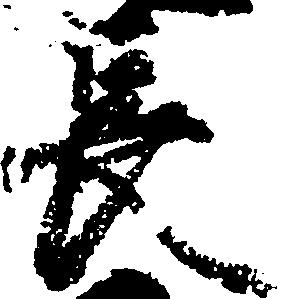
長